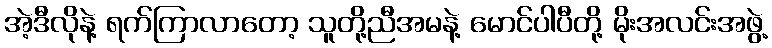
အဲ့ဒီလိုနဲ့ ရက်ကြာလာတော့ သူတို့ညီအမနဲ့ မောင်ပါပီတို့ မိုးအလင်းအဖွဲ့